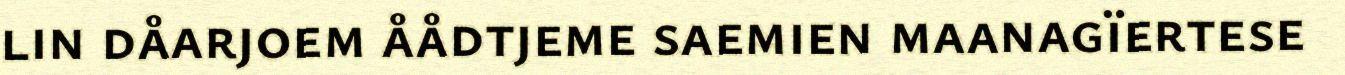
lin dåarjoem åådtjeme saemien maanagïertese